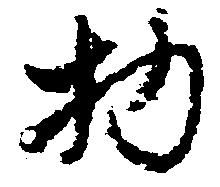
物